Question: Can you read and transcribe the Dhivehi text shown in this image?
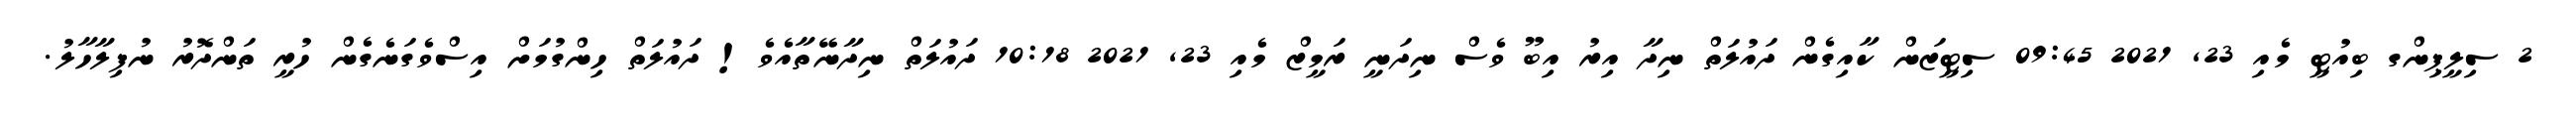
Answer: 2 ސިލީޕިންގ ބިއުޓީ މެއި 23, 2021 09:45 ސިޓީޒަން ކާއިގެން ދައުލަތް ނިދާ އިރު އިބޫ ވެސް ނިދަނީ ރަމީޒް މެއި 23, 2021 10:18 ދައުލަތް ނިދާނޭތާއެވެ! ދައުލަތް ހިންގުމަށް އިސްވެގަނެގެން ހުރީ ތަންދޮރު ނުފިލާހާލު.